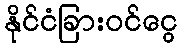
နိုင်ငံခြားဝင်ငွေ